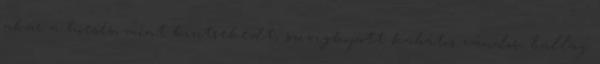
akár a hóesés, mint kintrekedt, szívigkopott kabátos vándor, ballag